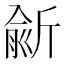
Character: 𣂮